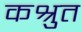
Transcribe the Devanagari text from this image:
कश्रुत